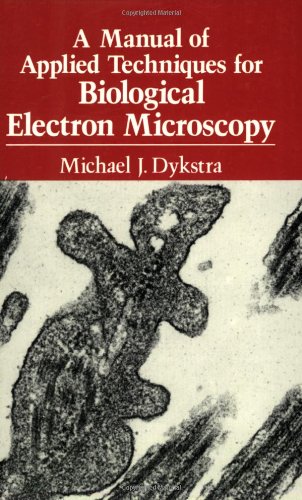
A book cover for A Manual of Applied Techniques for Biological Electron Microscopy; Michael J. Dykstra; Science & Math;